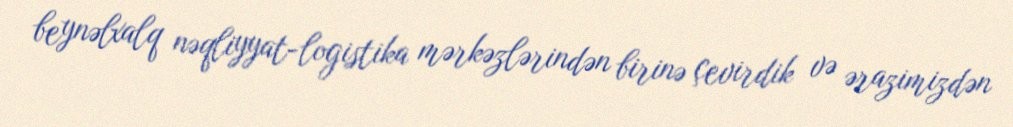
beynəlxalq nəqliyyat-logistika mərkəzlərindən birinə çevirdik və ərazimizdən